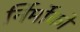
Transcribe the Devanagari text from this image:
र्निर्मोको